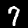
Digit: 7